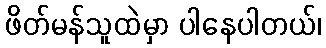
ဖိတ်မန်သူထဲမှာ ပါနေပါတယ်၊